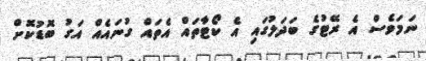
ނަމަވެސް އެ ރޭޓުގެ ބަދަލުގައި އެ ކޯޓާތައް އެތައް ގުނައެއް އަގު ބޮޑުކޮށް